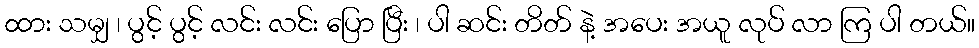
ထား သမျှ ၊ ပွင့် ပွင့် လင်း လင်း ပြော ပြီး ၊ ပါ ဆင်း တိတ် နဲ့ အပေး အယူ လုပ် လာ ကြ ပါ တယ်။